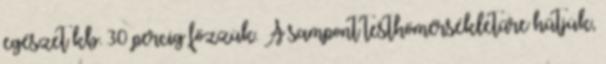
egészet kb. 30 percig főzzük. A sampont testhőmérsékletűre hűtjük,